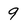
Character: 9